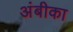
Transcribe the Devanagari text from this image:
अंबीका